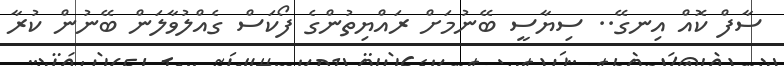
ސާފް ކޮއް އިނގޭ.. ސިޔާސީ ބޭނުމަށް ރައްޔިތުންގެ ފޯކަސް ގެއްލުވާލަން ބޭނުން ކުރާ